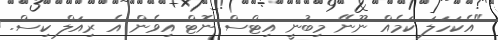
"އެކަހަލަ ކަމެއް ނޫނޭ މިބުނީ އިޓްސް ނޮޓް އިވެން އެ ރިއަލް ކިސް.